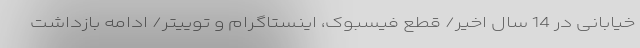
خیابانی در 14 سال اخیر/ قطع فیسبوک، اینستاگرام و توییتر/ ادامه بازداشت